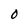
Character: O